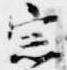
宗